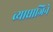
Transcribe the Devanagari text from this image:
व्याघ्राजिने